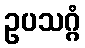
ဥပသဂ္ဂံ